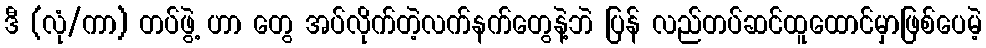
ဒီ (လုံ/ကာ) တပ်ဖွဲ့ ဟာ တွေ အပ်လိုက်တဲ့လက်နက်တွေနဲ့ဘဲ ပြန် လည်တပ်ဆင်ထူထောင်မှာဖြစ်ပေမဲ့